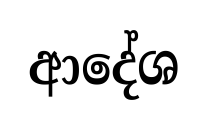
ආදේශ